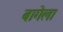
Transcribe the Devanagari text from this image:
बागेला